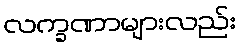
လက္ခဏာများလည်း